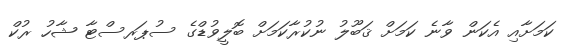
ކަމަށާއި އެކަން ވާނެ ކަމަށް ޤަބޫލު ނުކުރާކަމަށް ބޮލީވުޑްގެ ސުޕަރސްޓާ ޝާހު ރުކް